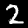
Label: 2